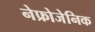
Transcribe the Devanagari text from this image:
नेफ्रोजेनिक